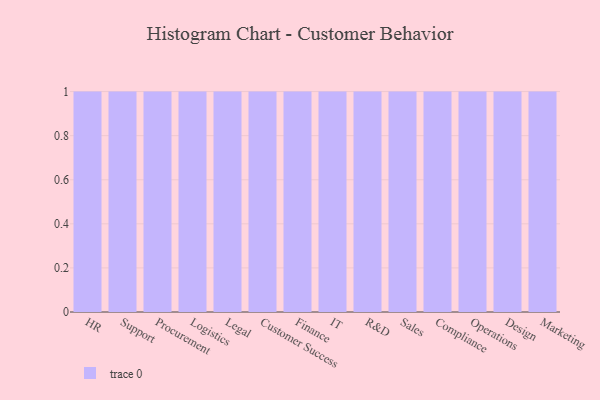
{"axis": {"x": "Department", "y": "Humidity (%)"}, "legend": [""], "data": [{"x": "HR", "y": 77, "type": ""}, {"x": "Support", "y": 15, "type": ""}, {"x": "Procurement", "y": 8, "type": ""}, {"x": "Logistics", "y": 100, "type": ""}, {"x": "Legal", "y": 32, "type": ""}, {"x": "Customer Success", "y": 31, "type": ""}, {"x": "Finance", "y": 13, "type": ""}, {"x": "IT", "y": 14, "type": ""}, {"x": "R&D", "y": 15, "type": ""}, {"x": "Sales", "y": 98, "type": ""}, {"x": "Compliance", "y": 92, "type": ""}, {"x": "Operations", "y": 90, "type": ""}, {"x": "Design", "y": 21, "type": ""}, {"x": "Marketing", "y": 85, "type": ""}]}